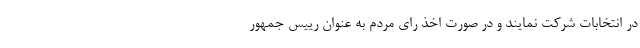
در انتخابات شرکت نمایند و در صورت اخذ رای مردم به عنوان رییس جمهور